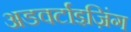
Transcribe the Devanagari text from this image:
अडवर्टाइज़िंग